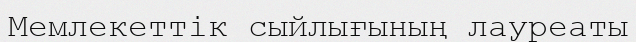
Мемлекеттік сыйлығының лауреаты